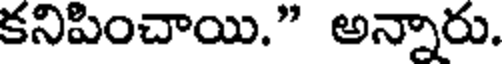
కనిపించాయి." అన్నారు.